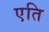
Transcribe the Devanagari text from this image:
एति